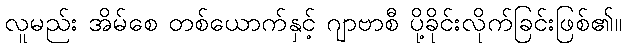
လူမည်း အိမ်စေ တစ်ယောက်နှင့် ဂျာဗာစီ ပို့ခိုင်းလိုက်ခြင်းဖြစ်၏။